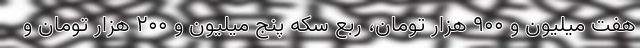
هفت میلیون و ۹۰۰ هزار تومان، ربع سکه پنج میلیون و ۲۰۰ هزار تومان و